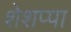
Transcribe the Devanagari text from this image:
शेशप्पा